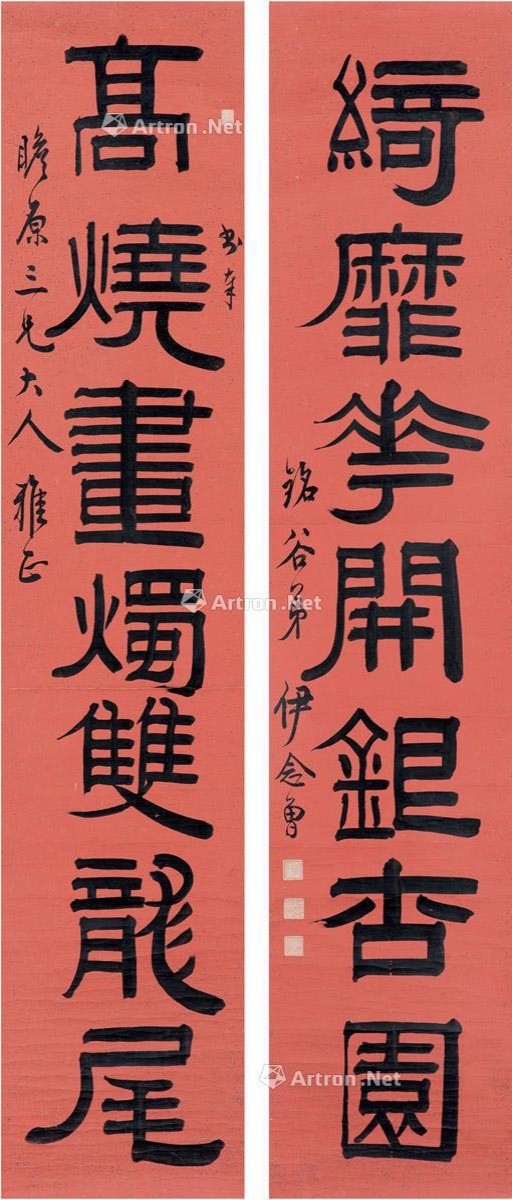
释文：高烧画烛双龙尾，绮靡花开银杏园。书奉瞻原三兄大人雅正，铭谷弟伊念曾。